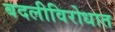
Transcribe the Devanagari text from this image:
बदलीविरोधात